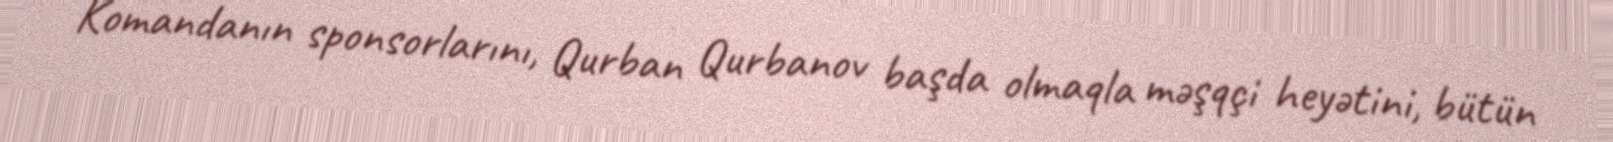
Komandanın sponsorlarını, Qurban Qurbanov başda olmaqla məşqçi heyətini, bütün